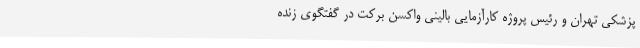
پزشکی تهران و رئیس پروژه کارآزمایی بالینی واکسن برکت در گفتگوی زنده